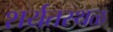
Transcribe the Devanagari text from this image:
शर्यतस्थळ